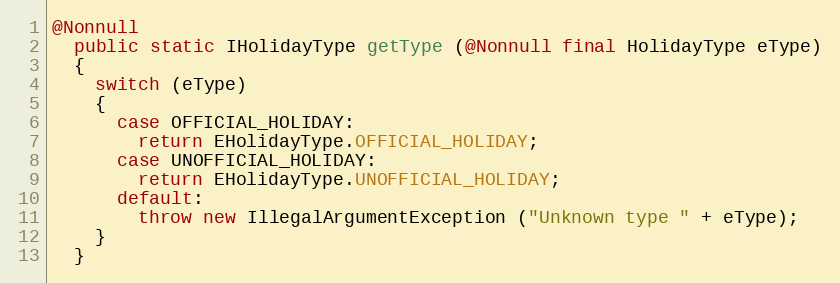
Language: Java
@Nonnull
  public static IHolidayType getType (@Nonnull final HolidayType eType)
  {
    switch (eType)
    {
      case OFFICIAL_HOLIDAY:
        return EHolidayType.OFFICIAL_HOLIDAY;
      case UNOFFICIAL_HOLIDAY:
        return EHolidayType.UNOFFICIAL_HOLIDAY;
      default:
        throw new IllegalArgumentException ("Unknown type " + eType);
    }
  }